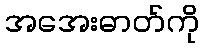
အအေးဓာတ်ကို